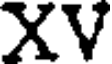
XV